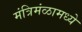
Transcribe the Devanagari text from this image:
मंत्रिमंळामध्ये